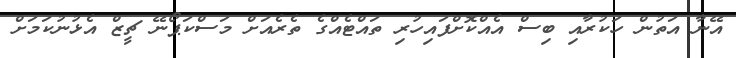
އޭނާ އަތުން ހަކުރާއި ބިސް އެއްކޮށްފައިހުރި ތައްޓެއްގެ ތެރެއަށް މަސްކަޕޯނޭ ޗީޒް އެޅުނުކަމަށް